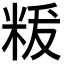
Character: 𮇚